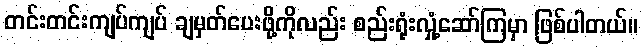
တင်းတင်းကျပ်ကျပ် ချမှတ်ပေးဖို့ကိုလည်း စည်းရုံးလှုံ့ဆော်ကြမှာ ဖြစ်ပါတယ်။